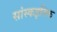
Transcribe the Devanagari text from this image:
सांस्कइतिक